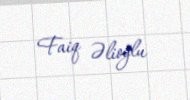
Faiq Əlioğlu